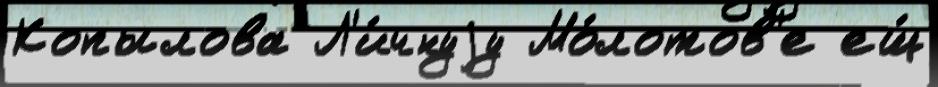
Копылова Л'и́чнуjу Мо́лотов'е ещ́